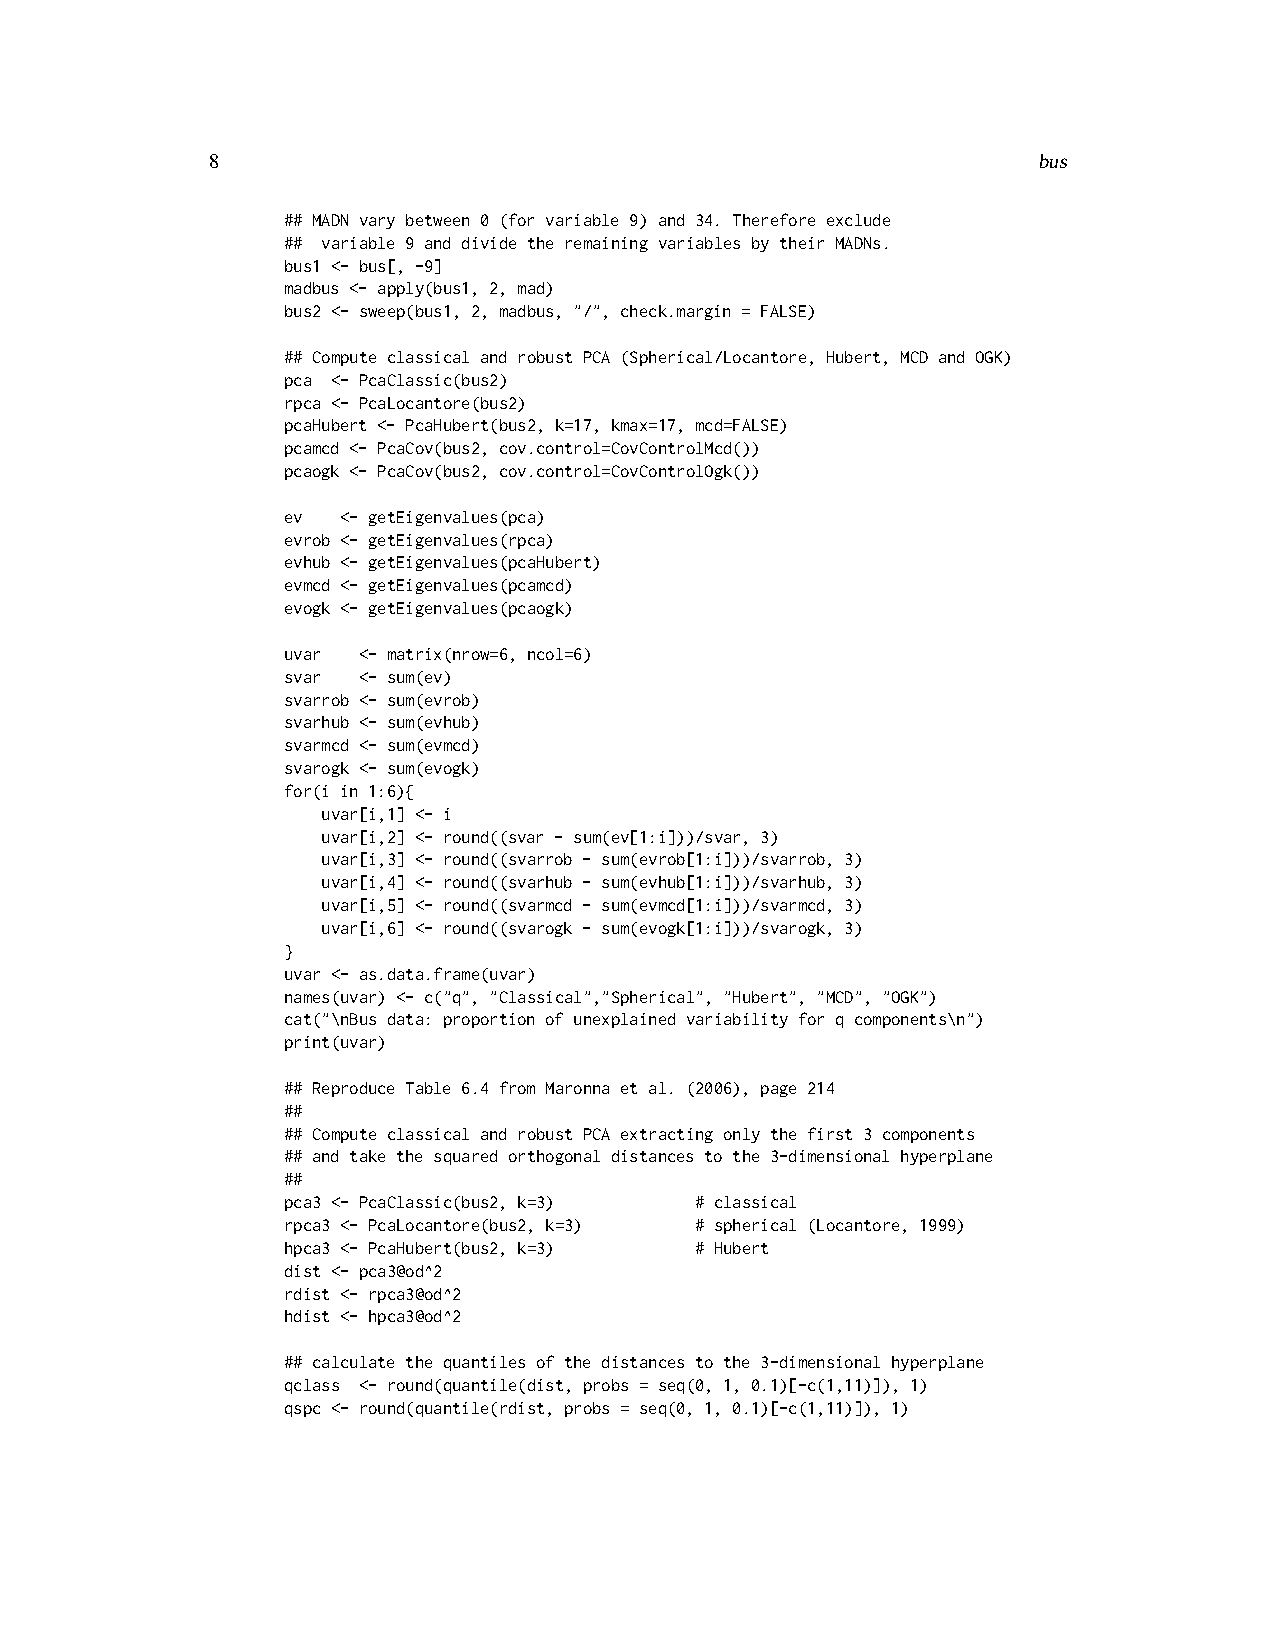
8                                                      bus
 ## MADN vary between 0 (for variable 9) and 34. Therefore exclude
 ## variable 9 and divide the remaining variables by their MADNs.
 bus1 <- bus[, -9]
 madbus <- apply(bus1, 2, mad)
 bus2 <- sweep(bus1, 2, madbus, "/", check.margin = FALSE)
 ## Compute classical and robust PCA (Spherical/Locantore, Hubert, MCD and OGK)
 pca <- PcaClassic(bus2)
 rpca <- PcaLocantore(bus2)
 pcaHubert <- PcaHubert(bus2, k=17, kmax=17, mcd=FALSE)
 pcamcd <- PcaCov(bus2, cov.control=CovControlMcd())
 pcaogk <- PcaCov(bus2, cov.control=CovControlOgk())
 ev  <- getEigenvalues(pca)
 evrob <- getEigenvalues(rpca)
 evhub <- getEigenvalues(pcaHubert)
 evmcd <- getEigenvalues(pcamcd)
 evogk <- getEigenvalues(pcaogk)
 uvar <- matrix(nrow=6, ncol=6)
 svar <- sum(ev)
 svarrob <- sum(evrob)
 svarhub <- sum(evhub)
 svarmcd <- sum(evmcd)
 svarogk <- sum(evogk)
 for(i in 1:6){
 uvar[i,1] <- i
 uvar[i,2] <- round((svar - sum(ev[1:i]))/svar, 3)
 uvar[i,3] <- round((svarrob - sum(evrob[1:i]))/svarrob, 3)
 uvar[i,4] <- round((svarhub - sum(evhub[1:i]))/svarhub, 3)
 uvar[i,5] <- round((svarmcd - sum(evmcd[1:i]))/svarmcd, 3)
 uvar[i,6] <- round((svarogk - sum(evogk[1:i]))/svarogk, 3)
 }
 uvar <- as.data.frame(uvar)
 names(uvar) <- c("q", "Classical","Spherical", "Hubert", "MCD", "OGK")
 cat("\nBus data: proportion of unexplained variability for q components\n")
 print(uvar)
 ## Reproduce Table 6.4 from Maronna et al. (2006), page 214
 ##
 ## Compute classical and robust PCA extracting only the first 3 components
 ## and take the squared orthogonal distances to the 3-dimensional hyperplane
 ##
 pca3 <- PcaClassic(bus2, k=3) # classical
 rpca3 <- PcaLocantore(bus2, k=3) # spherical (Locantore, 1999)
 hpca3 <- PcaHubert(bus2, k=3) # Hubert
 dist <- pca3@od^2
 rdist <- rpca3@od^2
 hdist <- hpca3@od^2
 ## calculate the quantiles of the distances to the 3-dimensional hyperplane
 qclass <- round(quantile(dist, probs = seq(0, 1, 0.1)[-c(1,11)]), 1)
 qspc <- round(quantile(rdist, probs = seq(0, 1, 0.1)[-c(1,11)]), 1)